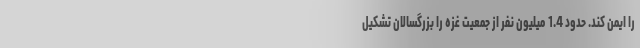
را ایمن کند. حدود 1.4 میلیون نفر از جمعیت غزه را بزرگسالان تشکیل